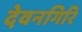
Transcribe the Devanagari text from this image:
देवनगिरि